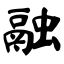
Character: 融